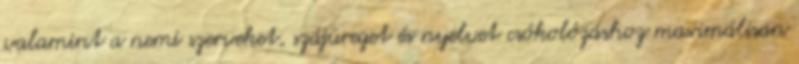
valamint a nemi szerveket, szájüreget és nyelvet csókolózáshoz maximálisan